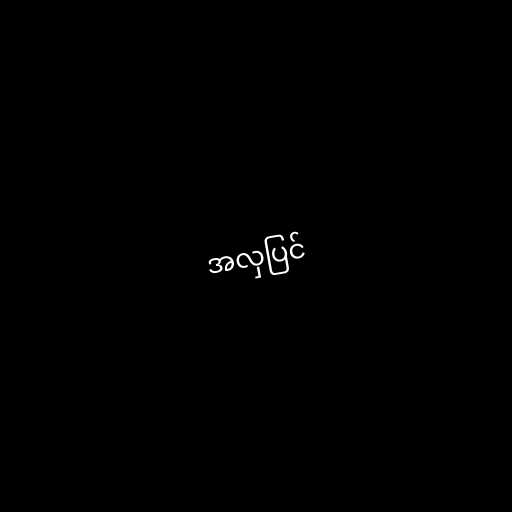
အလှပြင်